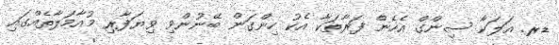
ޑރ. އަލަކާ ސިންގް އެހެން ފަރާތަކާ އެކު ހިންގަން ބޭނުންވި ވިޔަފާރި މުއާމަލާތެއްގައި